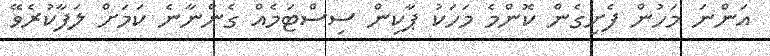
އަންނަ މަހުން ފެށިގެން ކޮންމެ މަހަކު ޕާކިން ސިސްޓަމެއް ގެންނާނެ ކަމަށް ލަފާކުރެވޭ